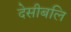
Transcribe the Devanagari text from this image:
देसीबलि